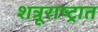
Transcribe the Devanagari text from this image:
शत्रूराष्ट्रात